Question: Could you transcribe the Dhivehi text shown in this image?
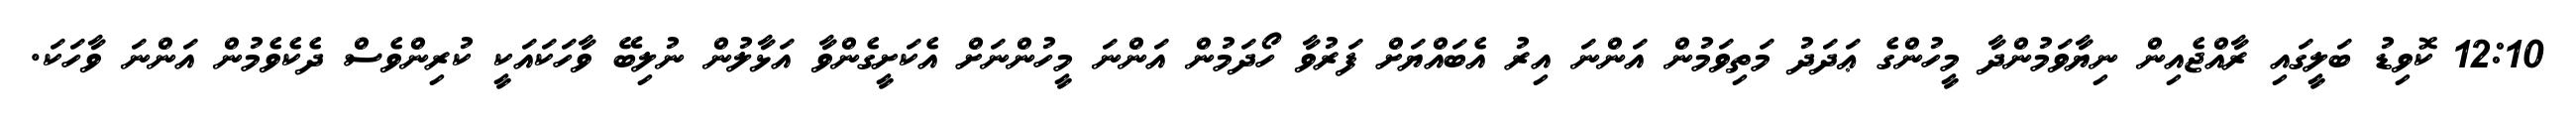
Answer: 12:10 ކޮވިޑު ބަލީގައި ރާއްޖެއިން ނިޔާވަމުންދާ މީހުންގެ ޢަދަދު މަތިވަމުން އަންނަ އިރު އެބައްޔަށް ފަރުވާ ހޯދަމުން އަންނަ މީހުންނަށް އެކަށީގެންވާ އަޅާލުން ނުލިބޭ ވާހަކައަކީ ކުރިންވެސް ދެކެވެމުން އަންނަ ވާހަކަ.